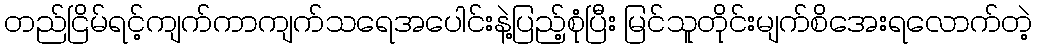
တည်ငြိမ်ရင့်ကျက်ကာကျက်သရေအပေါင်းနဲ့ပြည့်စုံပြီး မြင်သူတိုင်းမျက်စိအေးရလောက်တဲ့